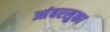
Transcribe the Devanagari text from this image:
आंबरसुका